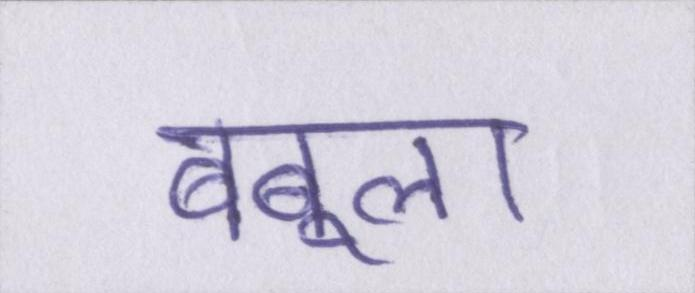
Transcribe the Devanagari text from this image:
बबूला